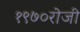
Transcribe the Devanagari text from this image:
१९७०रोजी